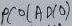
Text: ADC0